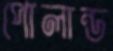
পোলান্ড